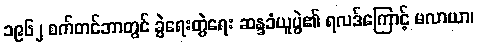
၁၉၆၂ စက်တင်ဘာတွင် ခွဲရေးတွဲရေး ဆန္ဒခံယူပွဲ၏ ရလဒ်ကြောင့် မလာယာ၊